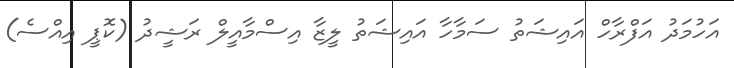
އަހުމަދު އަފްރާހް އައިޝަތު ސަމާހާ އައިޝަތު ލީޒާ އިސްމާއީލް ރަޝީދު (ކޮޕީ އިއްސެ)